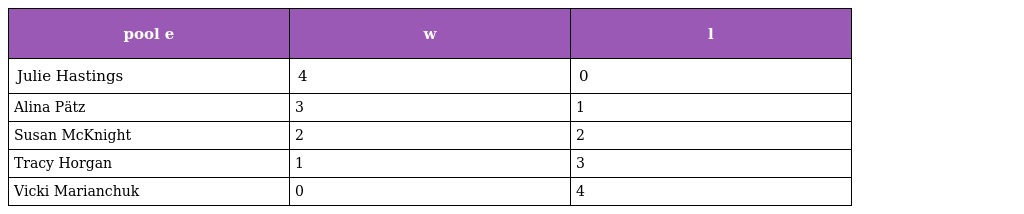
| pool e | w | l |
 | --- | --- | --- |
 | Julie Hastings | 4 | 0 |
 | Alina Pätz | 3 | 1 |
 | Susan McKnight | 2 | 2 |
 | Tracy Horgan | 1 | 3 |
 | Vicki Marianchuk | 0 | 4 |